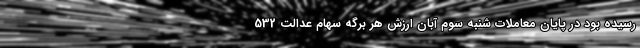
رسیده بود در پایان معاملات شنبه سوم آبان ارزش هر برگه سهام عدالت 532